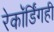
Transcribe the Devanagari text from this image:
रेकॉर्डिंगही